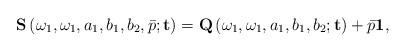
LaTeX: \begin{align*}\mathbf{S}\left(\omega_{1},\omega_{1},a_{1},b_{1},b_{2},\bar{p};\mathbf{t}\right)=\mathbf{Q}\left(\omega_{1},\omega_{1},a_{1},b_{1},b_{2};\mathbf{t}\right)+\bar{p}\mathbf{1},\end{align*}